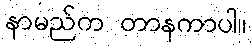
နာမည်က တာနကာပါ။